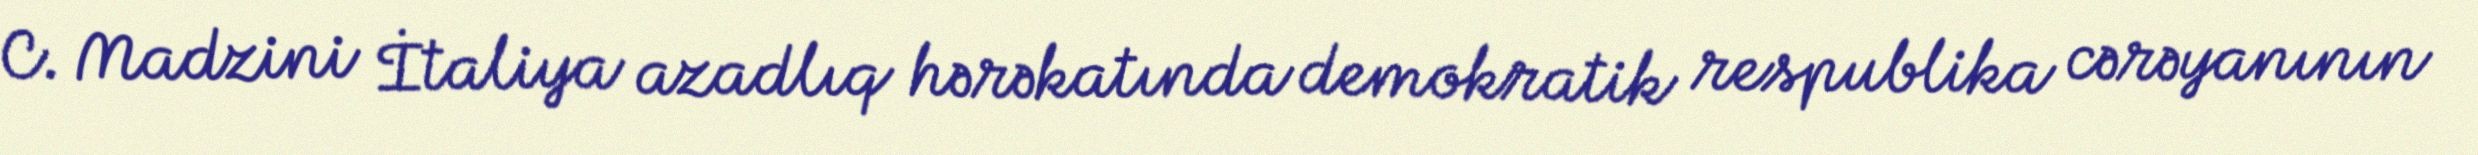
C. Madzini İtaliya azadlıq hərəkatında demokratik respublika cərəyanının